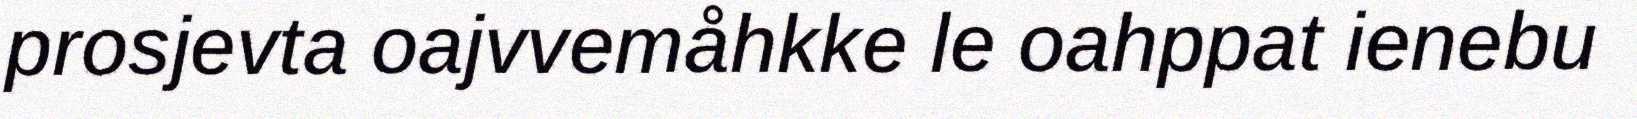
prosjevta oajvvemåhkke le oahppat ienebu